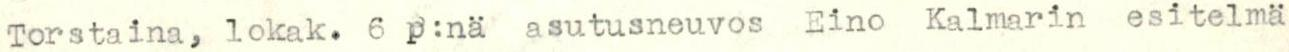
Torstaina, lokak. 6 p:nä asutusneuvos Eino Kalmarin esitelmä